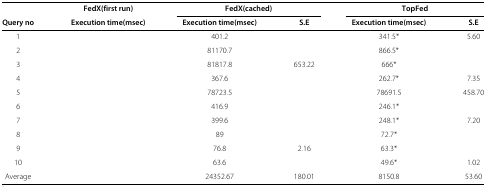
<table><thead><tr><td>[EMPTY_CELL]</td><td><b>FedX(first run)</b></td><td colspan="2"><b>FedX(cached)</b></td><td colspan="2"><b>TopFed</b></td></tr><tr><td><b>Query no</b></td><td><b>Execution time(msec)</b></td><td><b>Execution time(msec)</b></td><td><b>S.E</b></td><td><b>Execution time(msec)</b></td><td><b>S.E</b></td></tr></thead><tbody><tr><td>1</td><td>[EMPTY_CELL]</td><td>401.2</td><td>[EMPTY_CELL]</td><td>341.5*</td><td>5.60</td></tr><tr><td>2</td><td>[EMPTY_CELL]</td><td>81170.7</td><td>[EMPTY_CELL]</td><td>866.5*</td><td>[EMPTY_CELL]</td></tr><tr><td>3</td><td>[EMPTY_CELL]</td><td>81817.8</td><td>653.22</td><td>666*</td><td>[EMPTY_CELL]</td></tr><tr><td>4</td><td>[EMPTY_CELL]</td><td>367.6</td><td>[EMPTY_CELL]</td><td>262.7*</td><td>7.35</td></tr><tr><td>5</td><td>[EMPTY_CELL]</td><td>78723.5</td><td>[EMPTY_CELL]</td><td>78691.5</td><td>458.70</td></tr><tr><td>6</td><td>[EMPTY_CELL]</td><td>416.9</td><td>[EMPTY_CELL]</td><td>246.1*</td><td>[EMPTY_CELL]</td></tr><tr><td>7</td><td>[EMPTY_CELL]</td><td>399.6</td><td>[EMPTY_CELL]</td><td>248.1*</td><td>7.20</td></tr><tr><td>8</td><td>[EMPTY_CELL]</td><td>89</td><td>[EMPTY_CELL]</td><td>72.7*</td><td>[EMPTY_CELL]</td></tr><tr><td>9</td><td>[EMPTY_CELL]</td><td>76.8</td><td>2.16</td><td>63.3*</td><td>[EMPTY_CELL]</td></tr><tr><td>10</td><td>[EMPTY_CELL]</td><td>63.6</td><td>[EMPTY_CELL]</td><td>49.6*</td><td>1.02</td></tr><tr><td>Average</td><td>[EMPTY_CELL]</td><td>24352.67</td><td>180.01</td><td>8150.8</td><td>53.60</td></tr></tbody></table>